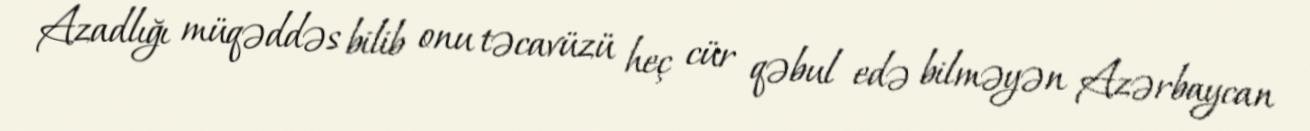
Azadlığı müqəddəs bilib onu təcavüzü heç cür qəbul edə bilməyən Azərbaycan